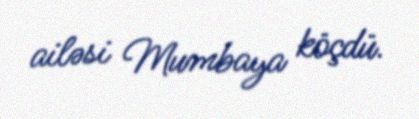
ailəsi Mumbaya köçdü.